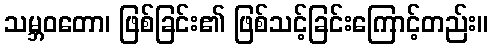
သမ္ဘဝတော၊ ဖြစ်ခြင်း၏ ဖြစ်သင့်ခြင်းကြောင့်တည်း။